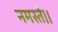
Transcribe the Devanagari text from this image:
नमस्ते।।